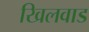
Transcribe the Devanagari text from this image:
खिलवाड